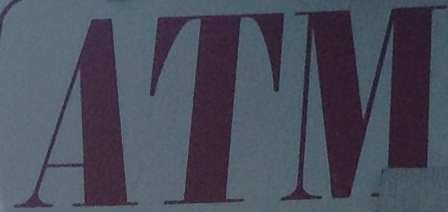
ATM